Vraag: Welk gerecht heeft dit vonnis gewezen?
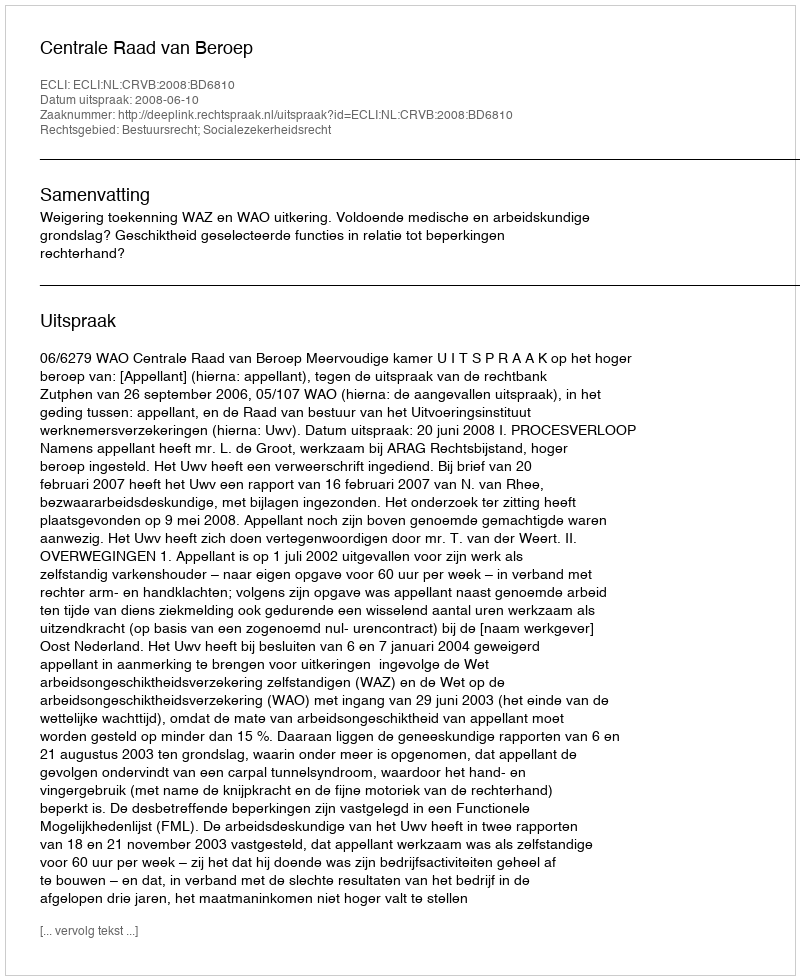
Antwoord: Centrale Raad van Beroep